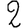
Digit: 2